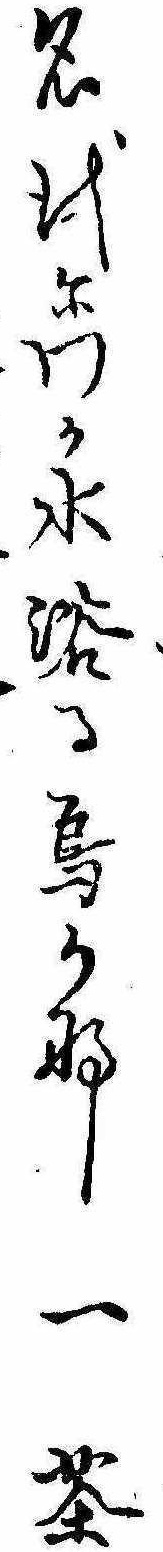
名代にわか水浴る烏かな一茶